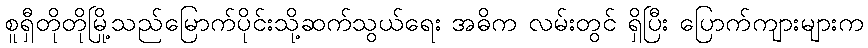
စူရှီတိုတိုမြို့သည်မြောက်ပိုင်းသို့ဆက်သွယ်ရေး အဓိက လမ်းတွင် ရှိပြီး ပြောက်ကျားများက